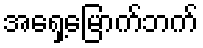
အရှေ့မြောက်ဘက်